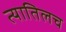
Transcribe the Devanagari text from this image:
त्यातिलच